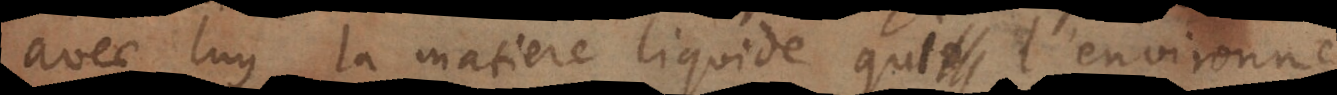
avec luy la matiere liquide qui l’environne